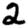
Digit: 2